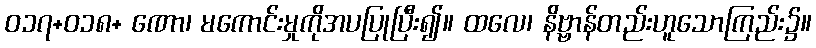
ဝ၁၇+၀၁၈+ ဏော၊ မကောင်းမှုကိုအပပြုပြီး၍။ ထလေ၊ နိဗ္ဗာန်တည်းဟူသောကြည်း၌။